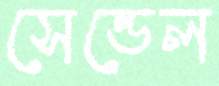
সেন্ডেল